Annual returns of the Patna Lunatic Asylum at Bankipore in Bihar and Orissa - 1912-1924
Year: 1912
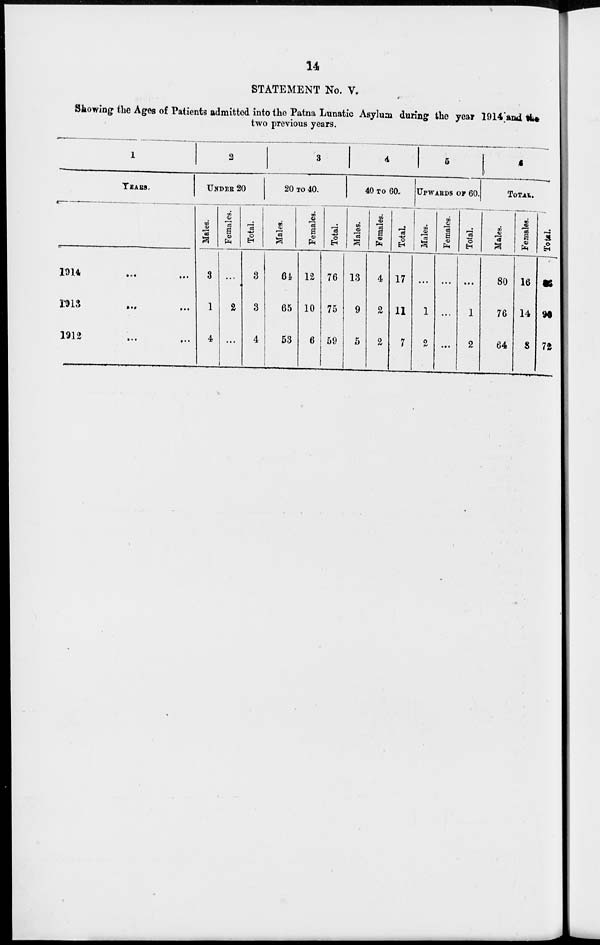
14
STATEMENT No. V.
Showing the Ages of Patients admitted into the Patna Lunatic Asylum during the year 1914 and the
two previous years.
1
YEARS.
1914
...
...
1913
...
...
1912 ... ...
2
UNDER 20
Males.
3
1
4
Females.
...
2
...
Total.
3
3
4
3
20 TO 40.
Males.
64
65
53
Females.
12
10
6
Total.
76
75
59
4
40 TO 60.
Males.
13
9
5
Females.
4
2
2
Total.
17
11
7
5
UPWARDS OF 60.
Males.
...
1
2
Females.
...
...
...
Total.
...
1
2
6
TOTAL
Males.
80
76
64
Females.
16
14
8
Total.
96
90
72